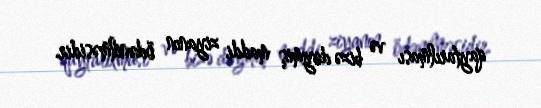
qaytarılması və bizə dəymiş maddi ziyanın ödənilməsidir.